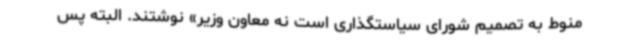
منوط به تصمیم شورای سیاستگذاری است نه معاون وزیر» نوشتند. البته پس